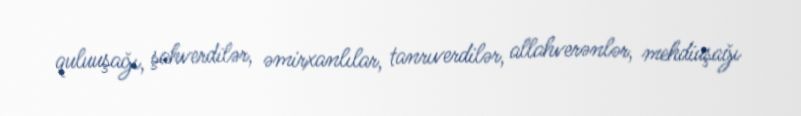
quluuşağı, şahverdilər, əmirxanlılar, tanrıverdilər, allahverənlər, mehdiuşağı